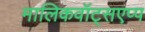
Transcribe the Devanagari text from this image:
मालिकवॉट्सएप्प